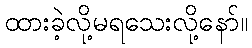
ထားခဲ့လို့မရသေးလို့နော်။